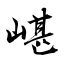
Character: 嵁